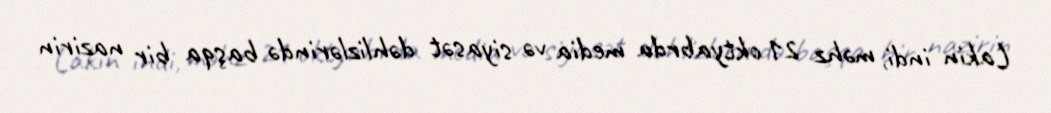
Lakin indi, məhz 21 oktyabrda media və siyasət dəhlizlərində başqa bir nazirin